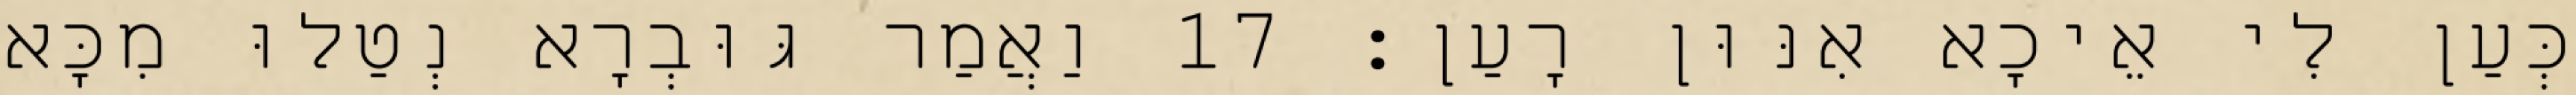
כְּעַן לִי אֵיכָא אִנּוּן רָעַן׃ 17 וַאֲמַר גּוּבְרָא נְטַלוּ מִכָּא